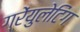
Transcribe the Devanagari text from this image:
ग्रेंयुलेटिंग